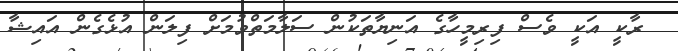
ރާކީ އަކީ ވެސް ފިރިމީހާގެ އަނިޔާތަކުން ސަލާމަތްވުމަށް ފިލަން އުޅެގެން އައިޝާ